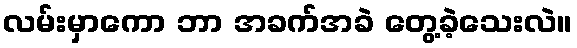
လမ်းမှာကော ဘာ အခက်အခဲ တွေ့ခဲ့သေးလဲ။